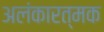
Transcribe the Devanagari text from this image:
अलंकारत्मक